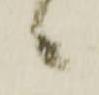
候